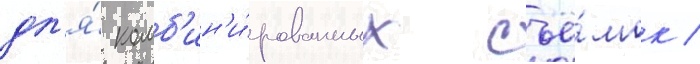
дл'я́ комб'ин'и́рованных съё́мок /